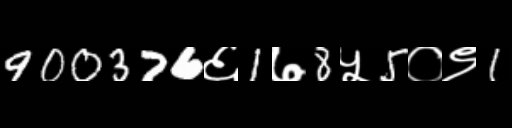
Text: 900376६1७8५5०९1